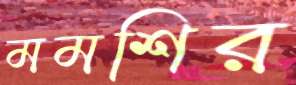
মমশির